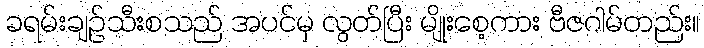
ခရမ်းချဉ်သီးစသည် အပင်မှ လွတ်ပြီး မျိုးစေ့ကား ဗီဇဂါမ်တည်း။